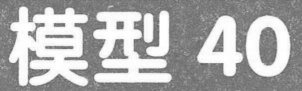
模型 40